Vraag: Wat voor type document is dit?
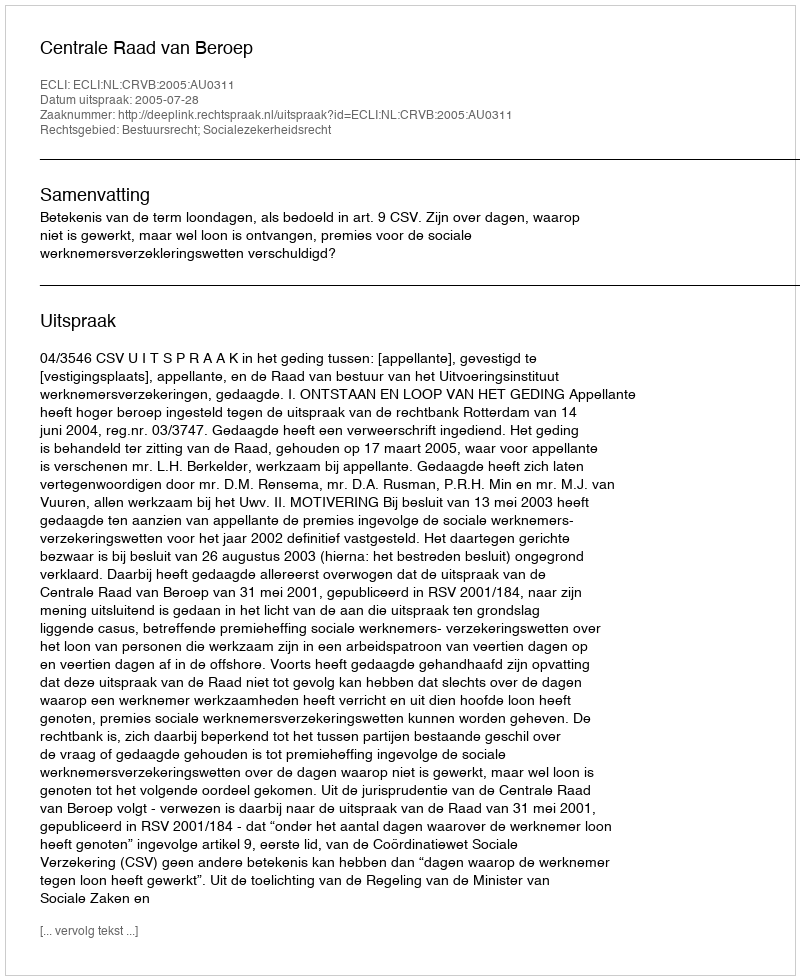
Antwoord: Uitspraak